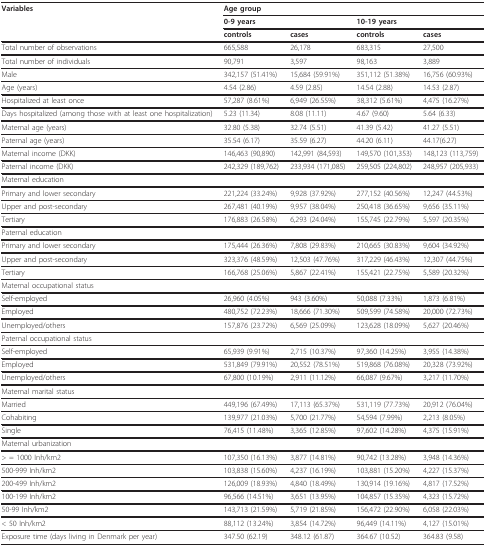
<table><thead><tr><td><b>Variables</b></td><td><b>Age group</b></td><td></td><td></td><td></td></tr><tr><td></td><td><b>0-9 years</b></td><td></td><td><b>10-19 years</b></td><td></td></tr><tr><td></td><td><b>controls</b></td><td><b>cases</b></td><td><b>controls</b></td><td><b>cases</b></td></tr></thead><tbody><tr><td>Total number of observations</td><td>665,588</td><td>26,178</td><td>683,315</td><td>27,500</td></tr><tr><td>Total number of individuals</td><td>90,791</td><td>3,597</td><td>98,163</td><td>3,889</td></tr><tr><td>Male</td><td>342,157 (51.41%)</td><td>15,684 (59.91%)</td><td>351,112 (51.38%)</td><td>16,756 (60.93%)</td></tr><tr><td>Age (years)</td><td>4.54 (2.86)</td><td>4.59 (2.85)</td><td>14.54 (2.88)</td><td>14.53 (2.87)</td></tr><tr><td>Hospitalized at least once</td><td>57,287 (8.61%)</td><td>6,949 (26.55%)</td><td>38,312 (5.61%)</td><td>4,475 (16.27%)</td></tr><tr><td>Days hospitalized (among those with at least one hospitalization)</td><td>5.23 (11.34)</td><td>8.08 (11.11)</td><td>4.67 (9.60)</td><td>5.64 (6.33)</td></tr><tr><td>Maternal age (years)</td><td>32.80 (5.38)</td><td>32.74 (5.51)</td><td>41.39 (5.42)</td><td>41.27 (5.51)</td></tr><tr><td>Paternal age (years)</td><td>35.54 (6.17)</td><td>35.59 (6.27)</td><td>44.20 (6.11)</td><td>44.17(6.27)</td></tr><tr><td>Maternal income (DKK)</td><td>146,463 (90,890)</td><td>142,991 (84,593)</td><td>149,570 (101,353)</td><td>148,123 (113,759)</td></tr><tr><td>Paternal income (DKK)</td><td>242,329 (189,762)</td><td>233,934 (171,085)</td><td>259,505 (224,802)</td><td>248,957 (205,933)</td></tr><tr><td>Maternal education</td><td></td><td></td><td></td><td></td></tr><tr><td>Primary and lower secondary</td><td>221,224 (33.24%)</td><td>9,928 (37.92%)</td><td>277,152 (40.56%)</td><td>12,247 (44.53%)</td></tr><tr><td>Upper and post-secondary</td><td>267,481 (40.19%)</td><td>9,957 (38.04%)</td><td>250,418 (36.65%)</td><td>9,656 (35.11%)</td></tr><tr><td>Tertiary</td><td>176,883 (26.58%)</td><td>6,293 (24.04%)</td><td>155,745 (22.79%)</td><td>5,597 (20.35%)</td></tr><tr><td>Paternal education</td><td></td><td></td><td></td><td></td></tr><tr><td>Primary and lower secondary</td><td>175,444 (26.36%)</td><td>7,808 (29.83%)</td><td>210,665 (30.83%)</td><td>9,604 (34.92%)</td></tr><tr><td>Upper and post-secondary</td><td>323,376 (48.59%)</td><td>12,503 (47.76%)</td><td>317,229 (46.43%)</td><td>12,307 (44.75%)</td></tr><tr><td>Tertiary</td><td>166,768 (25.06%)</td><td>5,867 (22.41%)</td><td>155,421 (22.75%)</td><td>5,589 (20.32%)</td></tr><tr><td>Maternal occupational status</td><td></td><td></td><td></td><td></td></tr><tr><td>Self-employed</td><td>26,960 (4.05%)</td><td>943 (3.60%)</td><td>50,088 (7.33%)</td><td>1,873 (6.81%)</td></tr><tr><td>Employed</td><td>480,752 (72.23%)</td><td>18,666 (71.30%)</td><td>509,599 (74.58%)</td><td>20,000 (72.73%)</td></tr><tr><td>Unemployed/others</td><td>157,876 (23.72%)</td><td>6,569 (25.09%)</td><td>123,628 (18.09%)</td><td>5,627 (20.46%)</td></tr><tr><td>Paternal occupational status</td><td></td><td></td><td></td><td></td></tr><tr><td>Self-employed</td><td>65,939 (9.91%)</td><td>2,715 (10.37%)</td><td>97,360 (14.25%)</td><td>3,955 (14.38%)</td></tr><tr><td>Employed</td><td>531,849 (79.91%)</td><td>20,552 (78.51%)</td><td>519,868 (76.08%)</td><td>20,328 (73.92%)</td></tr><tr><td>Unemployed/others</td><td>67,800 (10.19%)</td><td>2,911 (11.12%)</td><td>66,087 (9.67%)</td><td>3,217 (11.70%)</td></tr><tr><td>Maternal marital status</td><td></td><td></td><td></td><td></td></tr><tr><td>Married</td><td>449,196 (67.49%)</td><td>17,113 (65.37%)</td><td>531,119 (77.73%)</td><td>20,912 (76.04%)</td></tr><tr><td>Cohabiting</td><td>139,977 (21.03%)</td><td>5,700 (21.77%)</td><td>54,594 (7.99%)</td><td>2,213 (8.05%)</td></tr><tr><td>Single</td><td>76,415 (11.48%)</td><td>3,365 (12.85%)</td><td>97,602 (14.28%)</td><td>4,375 (15.91%)</td></tr><tr><td>Maternal urbanization</td><td></td><td></td><td></td><td></td></tr><tr><td>&gt; = 1000 Inh/km2</td><td>107,350 (16.13%)</td><td>3,877 (14.81%)</td><td>90,742 (13.28%)</td><td>3,948 (14.36%)</td></tr><tr><td>500-999 Inh/km2</td><td>103,838 (15.60%)</td><td>4,237 (16.19%)</td><td>103,881 (15.20%)</td><td>4,227 (15.37%)</td></tr><tr><td>200-499 Inh/km2</td><td>126,009 (18.93%)</td><td>4,840 (18.49%)</td><td>130,914 (19.16%)</td><td>4,817 (17.52%)</td></tr><tr><td>100-199 Inh/km2</td><td>96,566 (14.51%)</td><td>3,651 (13.95%)</td><td>104,857 (15.35%)</td><td>4,323 (15.72%)</td></tr><tr><td>50-99 Inh/km2</td><td>143,713 (21.59%)</td><td>5,719 (21.85%)</td><td>156,472 (22.90%)</td><td>6,058 (22.03%)</td></tr><tr><td>&lt; 50 Inh/km2</td><td>88,112 (13.24%)</td><td>3,854 (14.72%)</td><td>96,449 (14.11%)</td><td>4,127 (15.01%)</td></tr><tr><td>Exposure time (days living in Denmark per year)</td><td>347.50 (62.19)</td><td>348.12 (61.87)</td><td>364.67 (10.52)</td><td>364.83 (9.58)</td></tr></tbody></table>